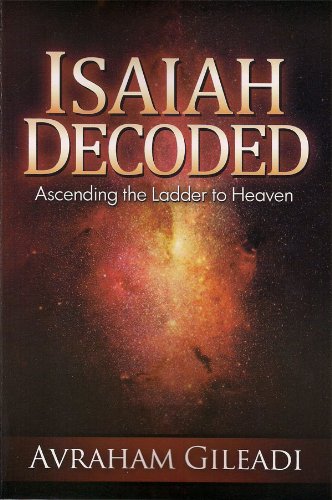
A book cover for Isaiah Decoded; Avraham Gileadi; Christian Books & Bibles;